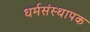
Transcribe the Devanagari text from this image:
धर्मसंस्थापक